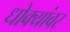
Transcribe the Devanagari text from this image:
धोक्यांवर